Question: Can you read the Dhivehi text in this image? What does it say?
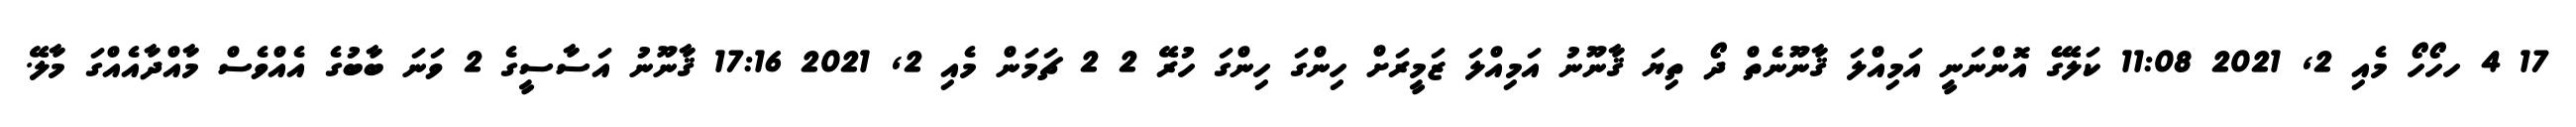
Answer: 17 4 ހހޯހޯ މެއި 2, 2021 11:08 ކަލޭގެ އޮންނަނީ އަމިއްލަ ޤާނޫނެތް ދޯ ތިޔަ ޤާނޫނު އަމިއްލަ ޒަމީރަށް ހިންގަ ހިންގަ ހުރޭ 2 2 ޗަމަން މެއި 2, 2021 17:16 ޤާނޫނު އަސާސީގެ 2 ވަނަ ބާބުގެ އެއްވެސް މާއްދާއެއްގަ މާލޭ.